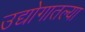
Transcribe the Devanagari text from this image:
उद्योगातल्या